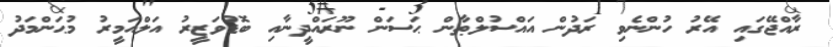
ރާއްޖޭގައި އޭރު ހުންނެވި ރަދުން އައްސުލްޠާން ޙަސަން ނޫރައްދީނާއި ބޮޑުވަޒީރު އަލްއަމީރު މުޙަންމަދު